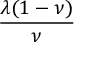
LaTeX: \frac { \lambda ( 1 - \nu ) } { \nu }